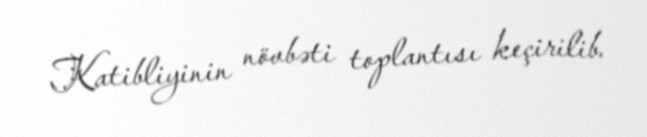
Katibliyinin növbəti toplantısı keçirilib.